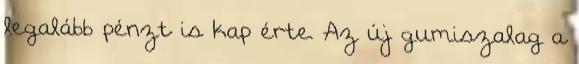
legalább pénzt is kap érte. Az új gumiszalag a